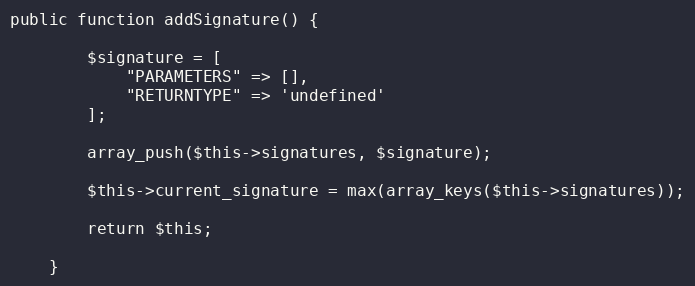
Language: PHP
public function addSignature() {

        $signature = [
            "PARAMETERS" => [],
            "RETURNTYPE" => 'undefined'
        ];

        array_push($this->signatures, $signature);

        $this->current_signature = max(array_keys($this->signatures));

        return $this;

    }